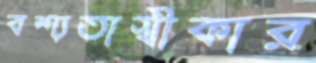
বশ্যতাস্বীকার